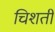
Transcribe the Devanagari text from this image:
चिशती